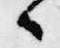
候